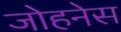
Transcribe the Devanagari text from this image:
जोहनेस